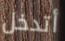
أتدخل